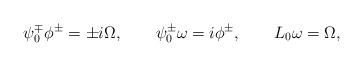
LaTeX: \begin{align*} \psi_0^\mp \phi^\pm = \pm i \Omega, \qquad \psi_0^\pm \omega = i\phi^\pm, \qquad L_0 \omega = \Omega,\end{align*}